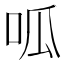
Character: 呱